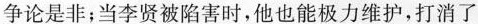
争论是非；当李贤被陷害时，他也能极力维护，打消了